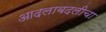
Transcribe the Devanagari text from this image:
आदलाबदलीचा